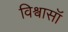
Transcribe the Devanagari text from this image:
विश्वासॉ